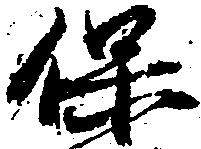
保